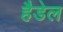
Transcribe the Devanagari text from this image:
हैडेल